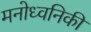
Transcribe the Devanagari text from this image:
मनोध्वनिकी